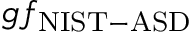
g f _ { \mathrm { { N I S T - A S D } } }